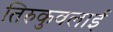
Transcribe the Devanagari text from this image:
तिरुकुवलाई